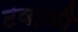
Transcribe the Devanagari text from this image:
टवाळी